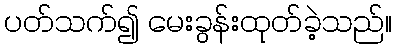
ပတ်သက်၍ မေးခွန်းထုတ်ခဲ့သည်။